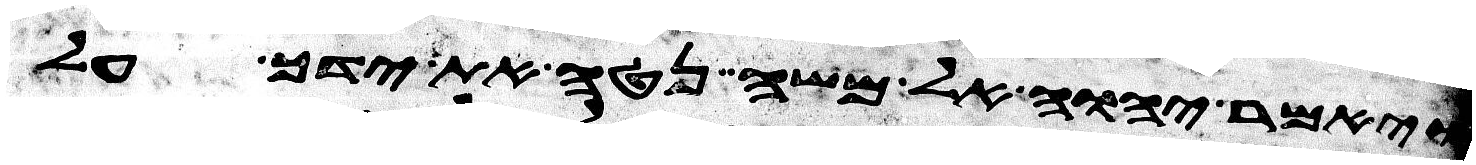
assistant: ויאמר יהוה אל משה נטה את ידך על